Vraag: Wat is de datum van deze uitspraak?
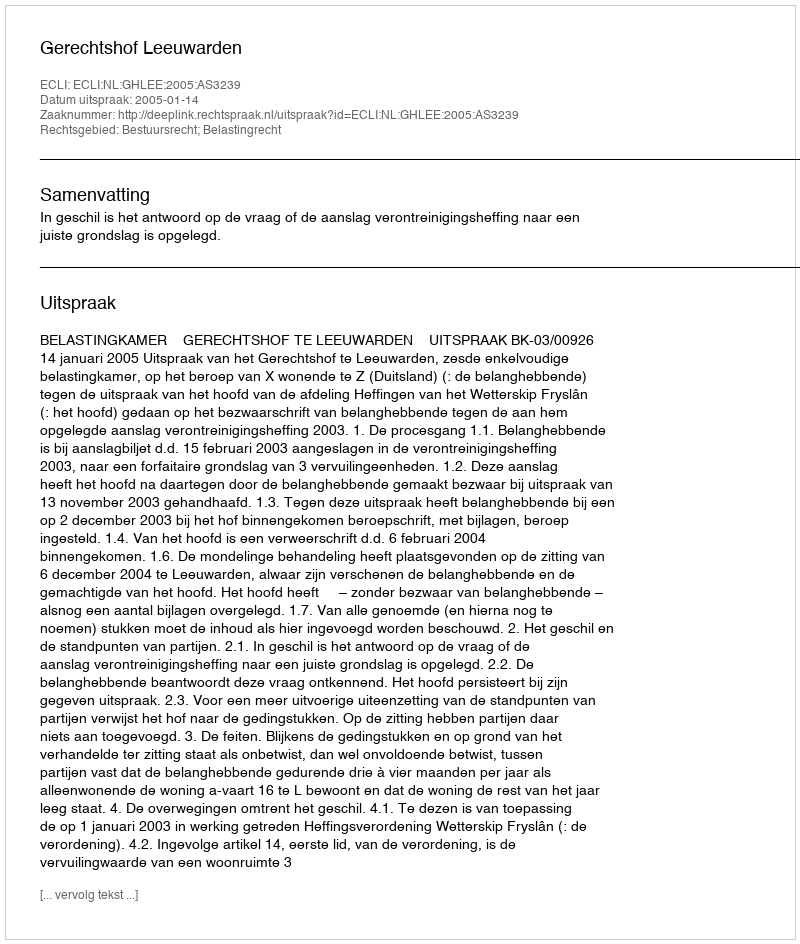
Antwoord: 2005-01-14